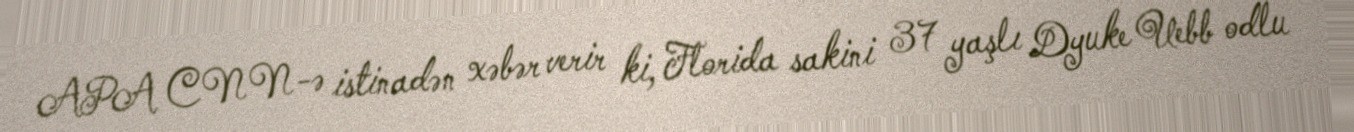
APA CNN-ə istinadən xəbər verir ki, Florida sakini 37 yaşlı Dyuke Uebb odlu